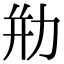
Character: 㔙